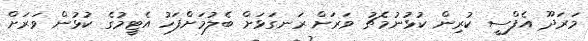
މަރަދޫ އެފްސީ ކުރިން ކުޅުނުމެޗު ވަރަށް ރަނގަޅަށް ބެލުމަށްފަހު އެޓީމުގެ ކުޅުން ވަރަށް